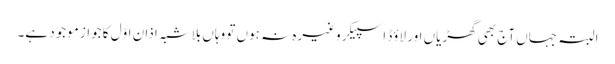
البتہ جہاں آج بھی گھڑیاں اور لاؤڈ اسپیکر وغیرہ نہ ہوں تو وہاں بلاشبہ اذانِ اوّل کا جواز موجود ہے۔